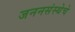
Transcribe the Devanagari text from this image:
जननसंस्थेचे